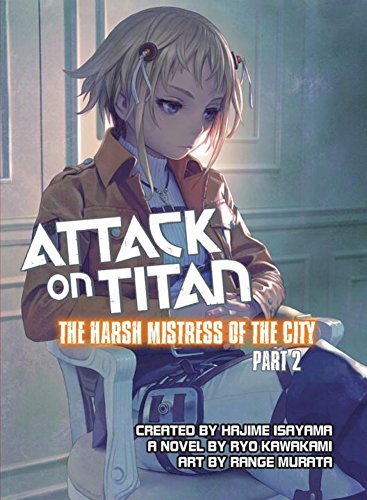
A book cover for Attack on Titan: The Harsh Mistress of the City, Part 2; Ryo Kawakami; Science Fiction & Fantasy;